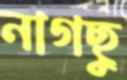
নাগছু